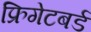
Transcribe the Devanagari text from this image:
फ्रिगेटबर्ड